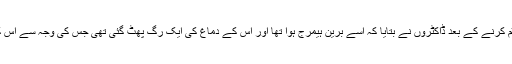
لاش کا پوسٹ مارٹم کرنے کے بعد ڈاکٹروں نے بتایا کہ اسے برین ہیمرج ہوا تھا اور اس کے دماغ کی ایک رگ پھٹ گئی تھی جس کی وجہ سے اس کی موت واقع ہوئی۔